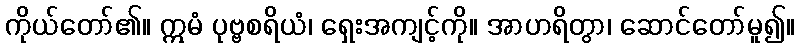
ကိုယ်တော်၏။ ဣမံ ပုဗ္ဗစရိယံ၊ ရှေးအကျင့်ကို။ အာဟရိတွာ၊ ဆောင်တော်မူ၍။